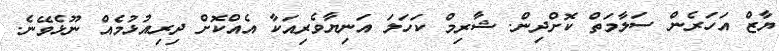
ޔާޒް އަހަރެން ސަލާމަތް ކޮށްދިން. ޝާރިމް ކަހަލަ އަނިޔާވެރިއަކާ އެއްކޮށް ދިރިއުޅުމެއް ނޫޅެވޭނެ.